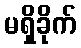
မရှိခိုက်